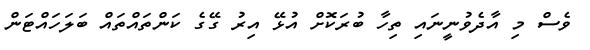
ވެސް މި އާދެވުނީނައި ތިހާ ބުރަކޮށް އުޅޭ އިރު ގޭގެ ކަންތައްތައް ބަލަހައްޓަން